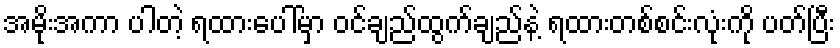
အမိုးအကာ ပါတဲ့ ရထားပေါ်မှာ ဝင်ချည်ထွက်ချည်နဲ့ ရထားတစ်စင်းလုံးကို ပတ်ပြီး